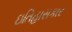
ઇતિહાસકાર